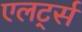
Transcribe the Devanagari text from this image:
एलर्ट्स